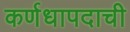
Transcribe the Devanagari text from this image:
कर्णधापदाची